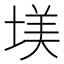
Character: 𡎤